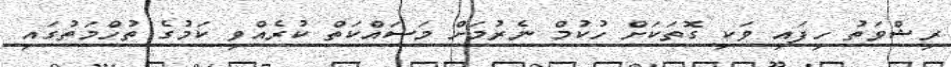
ރިޝްވަތު ހިފައި ވަކި ގޮތަކަށް ހުކުމް ނެރުމަށް މަސައްކަތް ކުރެއްވި ކަމުގެ ތުހްމަތުގައި